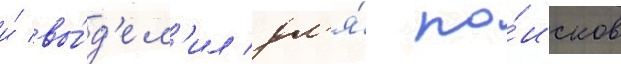
и́ вы́д'ел'ил дл'я́ по́исков